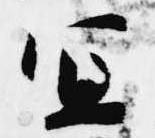
宜